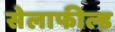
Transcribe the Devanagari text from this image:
सेलाफील्ड